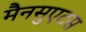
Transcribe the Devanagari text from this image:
मैनसुएटस